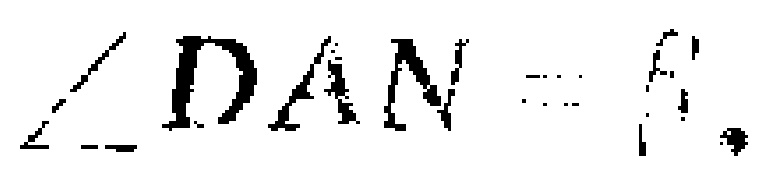
$\angle DAN = \fbox{ }^{\circ}.$